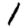
Digit: 1